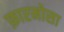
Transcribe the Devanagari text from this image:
फ़ारमोसा